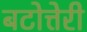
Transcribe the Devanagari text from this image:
बटोत्तेरी